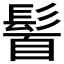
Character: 𩭈